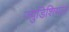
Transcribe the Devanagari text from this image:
ज्युडिशियल